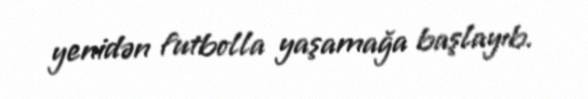
yenidən futbolla yaşamağa başlayıb.